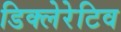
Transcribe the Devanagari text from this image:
डिक्लेरेटिव